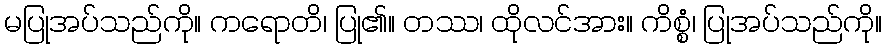
မပြုအပ်သည်ကို။ ကရောတိ၊ ပြု၏။ တဿ၊ ထိုလင်အား။ ကိစ္စံ၊ ပြုအပ်သည်ကို။